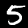
Digit: 5